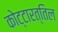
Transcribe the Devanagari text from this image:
कोट्टारत्तिल